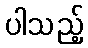
ပါသည့်